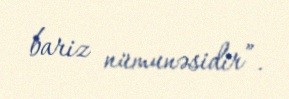
bariz nümunəsidir”.